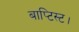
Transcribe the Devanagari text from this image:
बाप्टिस्ट।